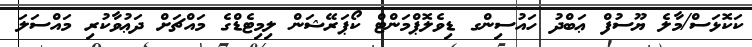
ކަކޮޅަސް/މާލެ ޔޫސުފް ޢަބްދު ހައުސިންގ ޑިވެލޮޕްމަންޓް ކޯޕަރޭޝަން ލިމިޓެޑްގެ މައްޗަށް ދަޢުވާކުރި މައްސަލަ